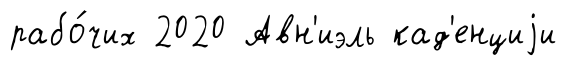
рабо́чих 2020 Авн'иэль кад'енциjи